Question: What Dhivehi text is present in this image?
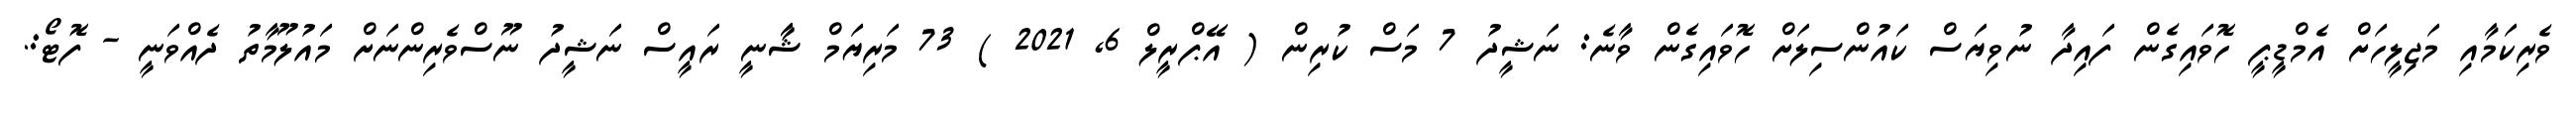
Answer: ވެރިކަމާއި މަޖިލީހަށް އެމްޑީޕީ ހޮވައިގެން ފައިދާ ނުވިޔަސް ކައުންސިލަށް ހޮވައިގެން ވާނެ: ނަޝީދު 7 މަސް ކުރިން ( އޭޕްރީލް 6, 2021 ) 73 މަރިޔަމް ޝާާނީ ރައީސް ނަޝީދު ނޫސްވެރިންނަށް މައުލޫމާތު ދެއްވަނީ - ފޮޓޯ:.